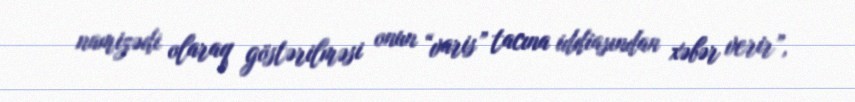
namizədi olaraq göstərilməsi onun “varis” tacına iddiasından xəbər verir”,